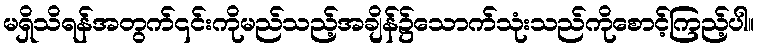
မရှိသိရန်အတွက်၎င်းကိုမည်သည့်အချိန်၌သောက်သုံးသည်ကိုစောင့်ကြည့်ပါ။